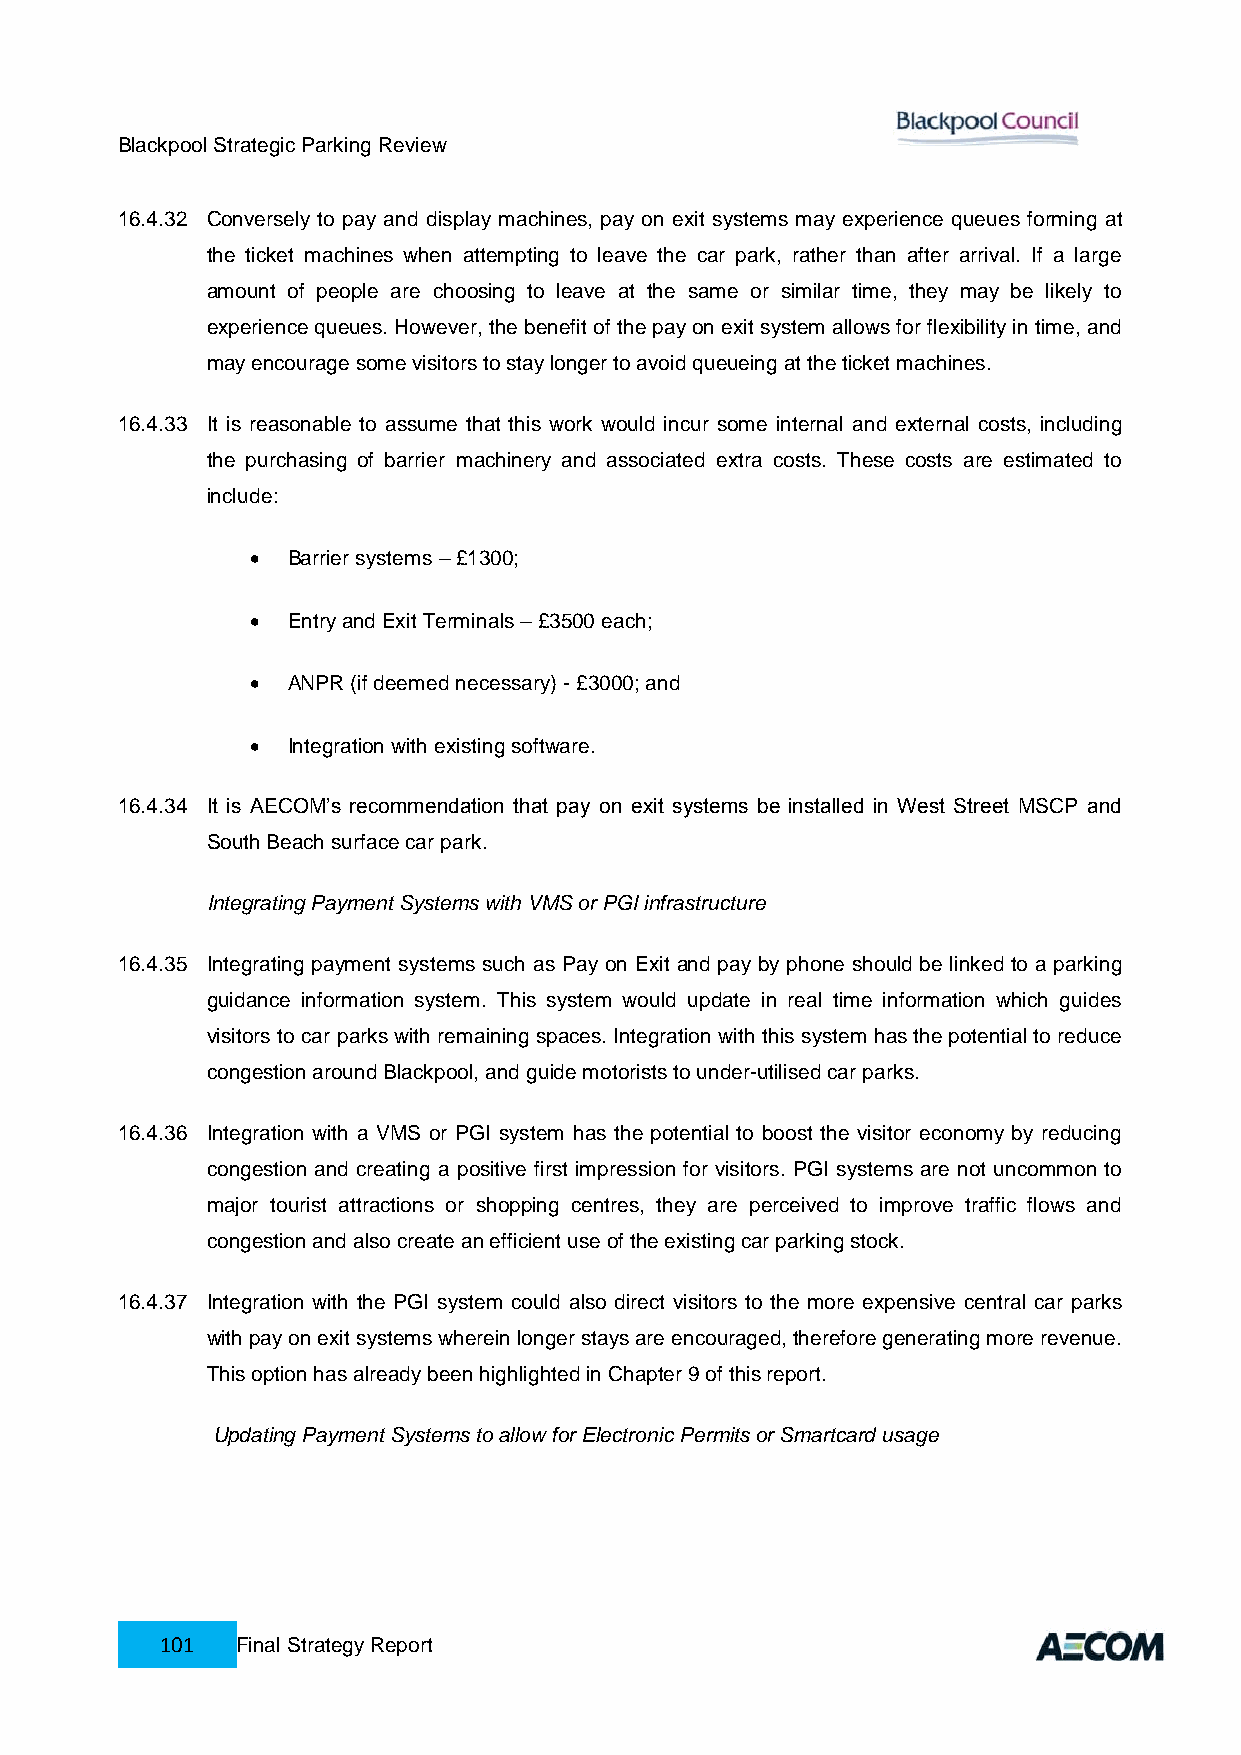
Blackpool Strategic Parking Review
 16.4.32 Conversely to pay and display machines, pay on exit systems may experience queues forming at
 the ticket machines when attempting to leave the car park, rather than after arrival. If a large
 amount of people are choosing to leave at the same or similar time, they may be likely to
 experience queues. However, the benefit of the pay on exit system allows for flexibility in time, and
 may encourage some visitors to stay longer to avoid queueing at the ticket machines.
 16.4.33 It is reasonable to assume that this work would incur some internal and external costs, including
 the purchasing of barrier machinery and associated extra costs. These costs are estimated to
 include:
  Barrier systems – £1300;
  Entry and Exit Terminals – £3500 each;
  ANPR (if deemed necessary) - £3000; and
  Integration with existing software.
 16.4.34 It is AECOM’s recommendation that pay on exit systems be installed in West Street MSCP and
 South Beach surface car park.
 Integrating Payment Systems with VMS or PGI infrastructure
 16.4.35 Integrating payment systems such as Pay on Exit and pay by phone should be linked to a parking
 guidance information system. This system would update in real time information which guides
 visitors to car parks with remaining spaces. Integration with this system has the potential to reduce
 congestion around Blackpool, and guide motorists to under-utilised car parks.
 16.4.36 Integration with a VMS or PGI system has the potential to boost the visitor economy by reducing
 congestion and creating a positive first impression for visitors. PGI systems are not uncommon to
 major tourist attractions or shopping centres, they are perceived to improve traffic flows and
 congestion and also create an efficient use of the existing car parking stock.
 16.4.37 Integration with the PGI system could also direct visitors to the more expensive central car parks
 with pay on exit systems wherein longer stays are encouraged, therefore generating more revenue.
 This option has already been highlighted in Chapter 9 of this report.
 Updating Payment Systems to allow for Electronic Permits or Smartcard usage
 101  Final Strategy Report